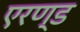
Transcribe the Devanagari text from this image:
एरण्ड